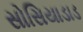
સોસિયાડાડ